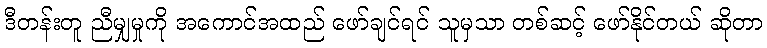
ဒီတန်းတူ ညီမျှမှုကို အကောင်အထည် ဖော်ချင်ရင် သူမှသာ တစ်ဆင့် ဖော်နိုင်တယ် ဆိုတာ